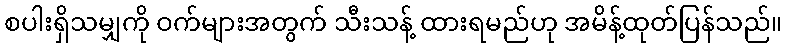
စပါးရှိသမျှကို ဝက်များအတွက် သီးသန့် ထားရမည်ဟု အမိန့်ထုတ်ပြန်သည်။